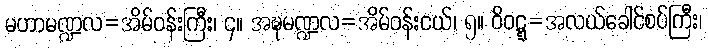
မဟာမဏ္ဍလ=အိမ်ဝန်းကြီး၊ ၄။ အဍ္ဎမဏ္ဍလ=အိမ်ဝန်းငယ်၊ ၅။ ဝိဝဋ္ဋ=အလယ်ခေါင်စပ်ကြီး၊